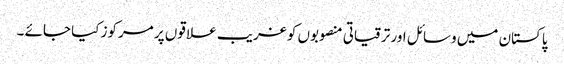
پاکستان میں وسائل اور ترقیاتی منصوبوں کو غریب علا قوں پر مرکوز کیا جائے ۔